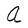
Character: a